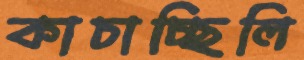
কাচাচ্ছিলি